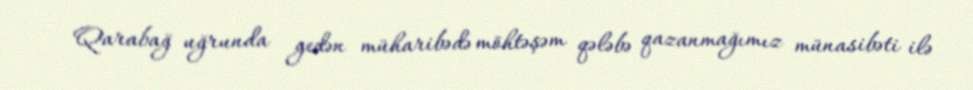
Qarabağ uğrunda gedən müharibədə möhtəşəm qələbə qazanmağımız münasibəti ilə